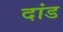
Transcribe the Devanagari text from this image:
दांड